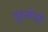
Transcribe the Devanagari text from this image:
दुरूस्तीद्वारे